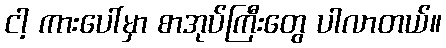
ငါ့ ကားပေါ်မှာ စာအုပ်ကြီးတွေ ပါလာတယ်။